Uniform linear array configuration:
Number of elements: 8
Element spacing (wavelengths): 0.25
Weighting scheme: binomial
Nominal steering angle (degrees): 60
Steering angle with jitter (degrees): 61.547
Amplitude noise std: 0.05
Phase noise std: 0.05

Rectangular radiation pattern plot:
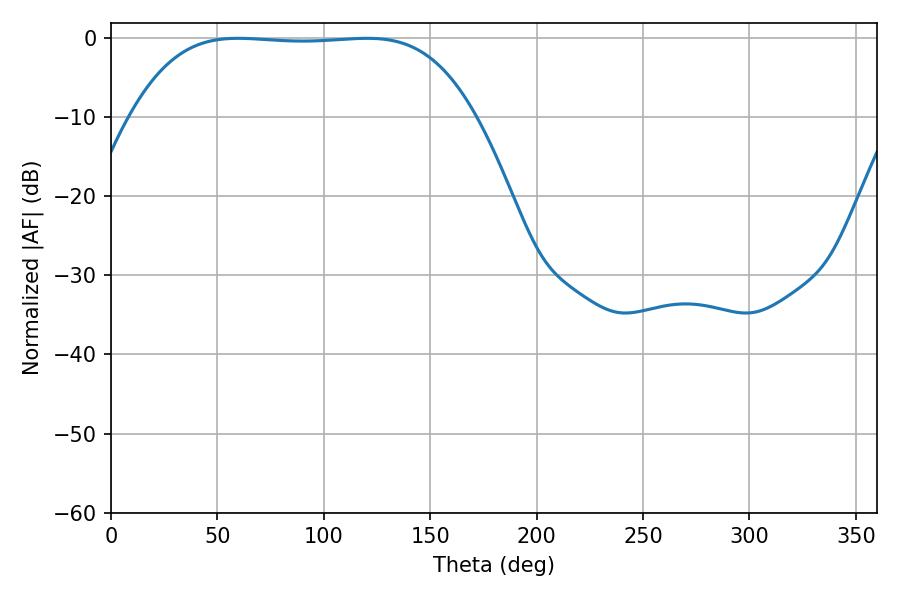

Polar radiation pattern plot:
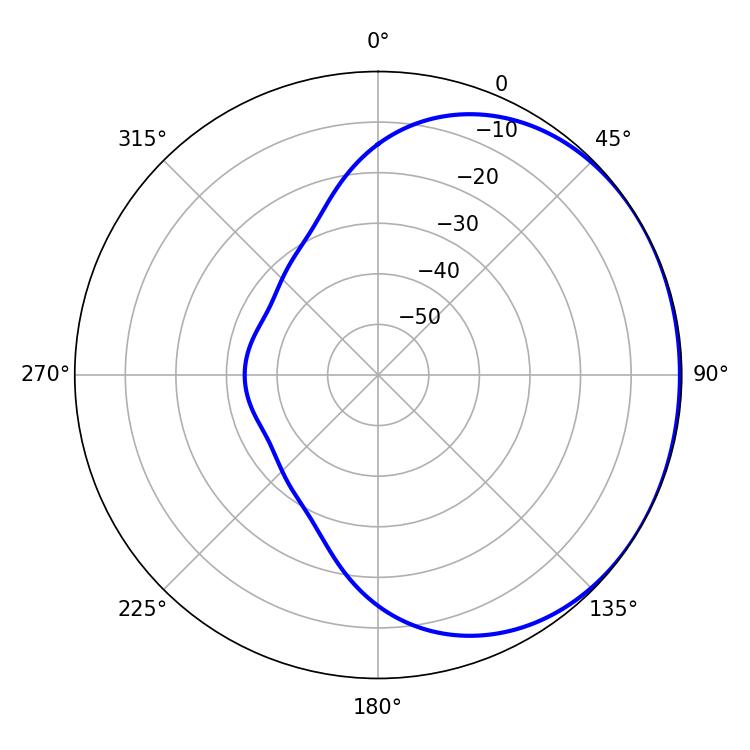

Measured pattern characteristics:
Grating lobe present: FALSE
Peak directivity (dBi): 0.7433
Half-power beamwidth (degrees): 124.56
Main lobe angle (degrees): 59.76